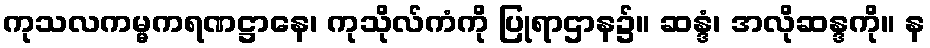
ကုသလကမ္မကရဏဋ္ဌာနေ၊ ကုသိုလ်ကံကို ပြုရာဌာန၌။ ဆန္ဒံ၊ အလိုဆန္ဒကို။ န